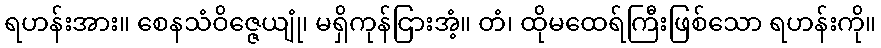
ရဟန်းအား။ စေနသံဝိဇ္ဇေယျုံ၊ မရှိကုန်ငြားအံ့။ တံ၊ ထိုမထေရ်ကြီးဖြစ်သော ရဟန်းကို။